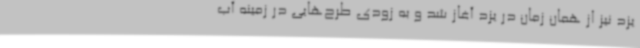
یزد نیز از همان زمان در یزد آغاز شد و به زودی طرح‌هایی در زمینه آب